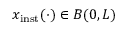
x _ { \mathrm { i n s t } } ( \cdot ) \in B ( 0 , L )